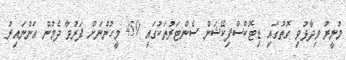
މުނީރު ވިދާޅުވި ގޮތުގައި ޑިޓޮކްސްފިކޭޝަން ސެންޓަރުތަކުގައި 459 މީހުންނަށް ފަރުވާ ދެމުން އަންނައިރު